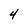
Character: 4